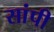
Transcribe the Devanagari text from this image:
सांपी